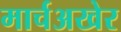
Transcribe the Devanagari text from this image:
मार्चअखेर